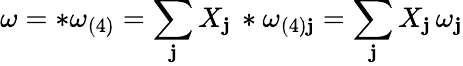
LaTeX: \omega=*\omega_{(4)}=\sum_{\mathbf{j}}X_{\mathbf{j}}\, *\omega_{(4)\mathbf{j}}=\sum_{\mathbf{j}}X_{\mathbf{j}}\, \omega_{\mathbf{j}}